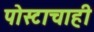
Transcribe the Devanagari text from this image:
पोस्टाचाही